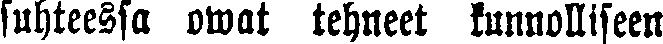
suhteessa owat tehneet kunnolliseen